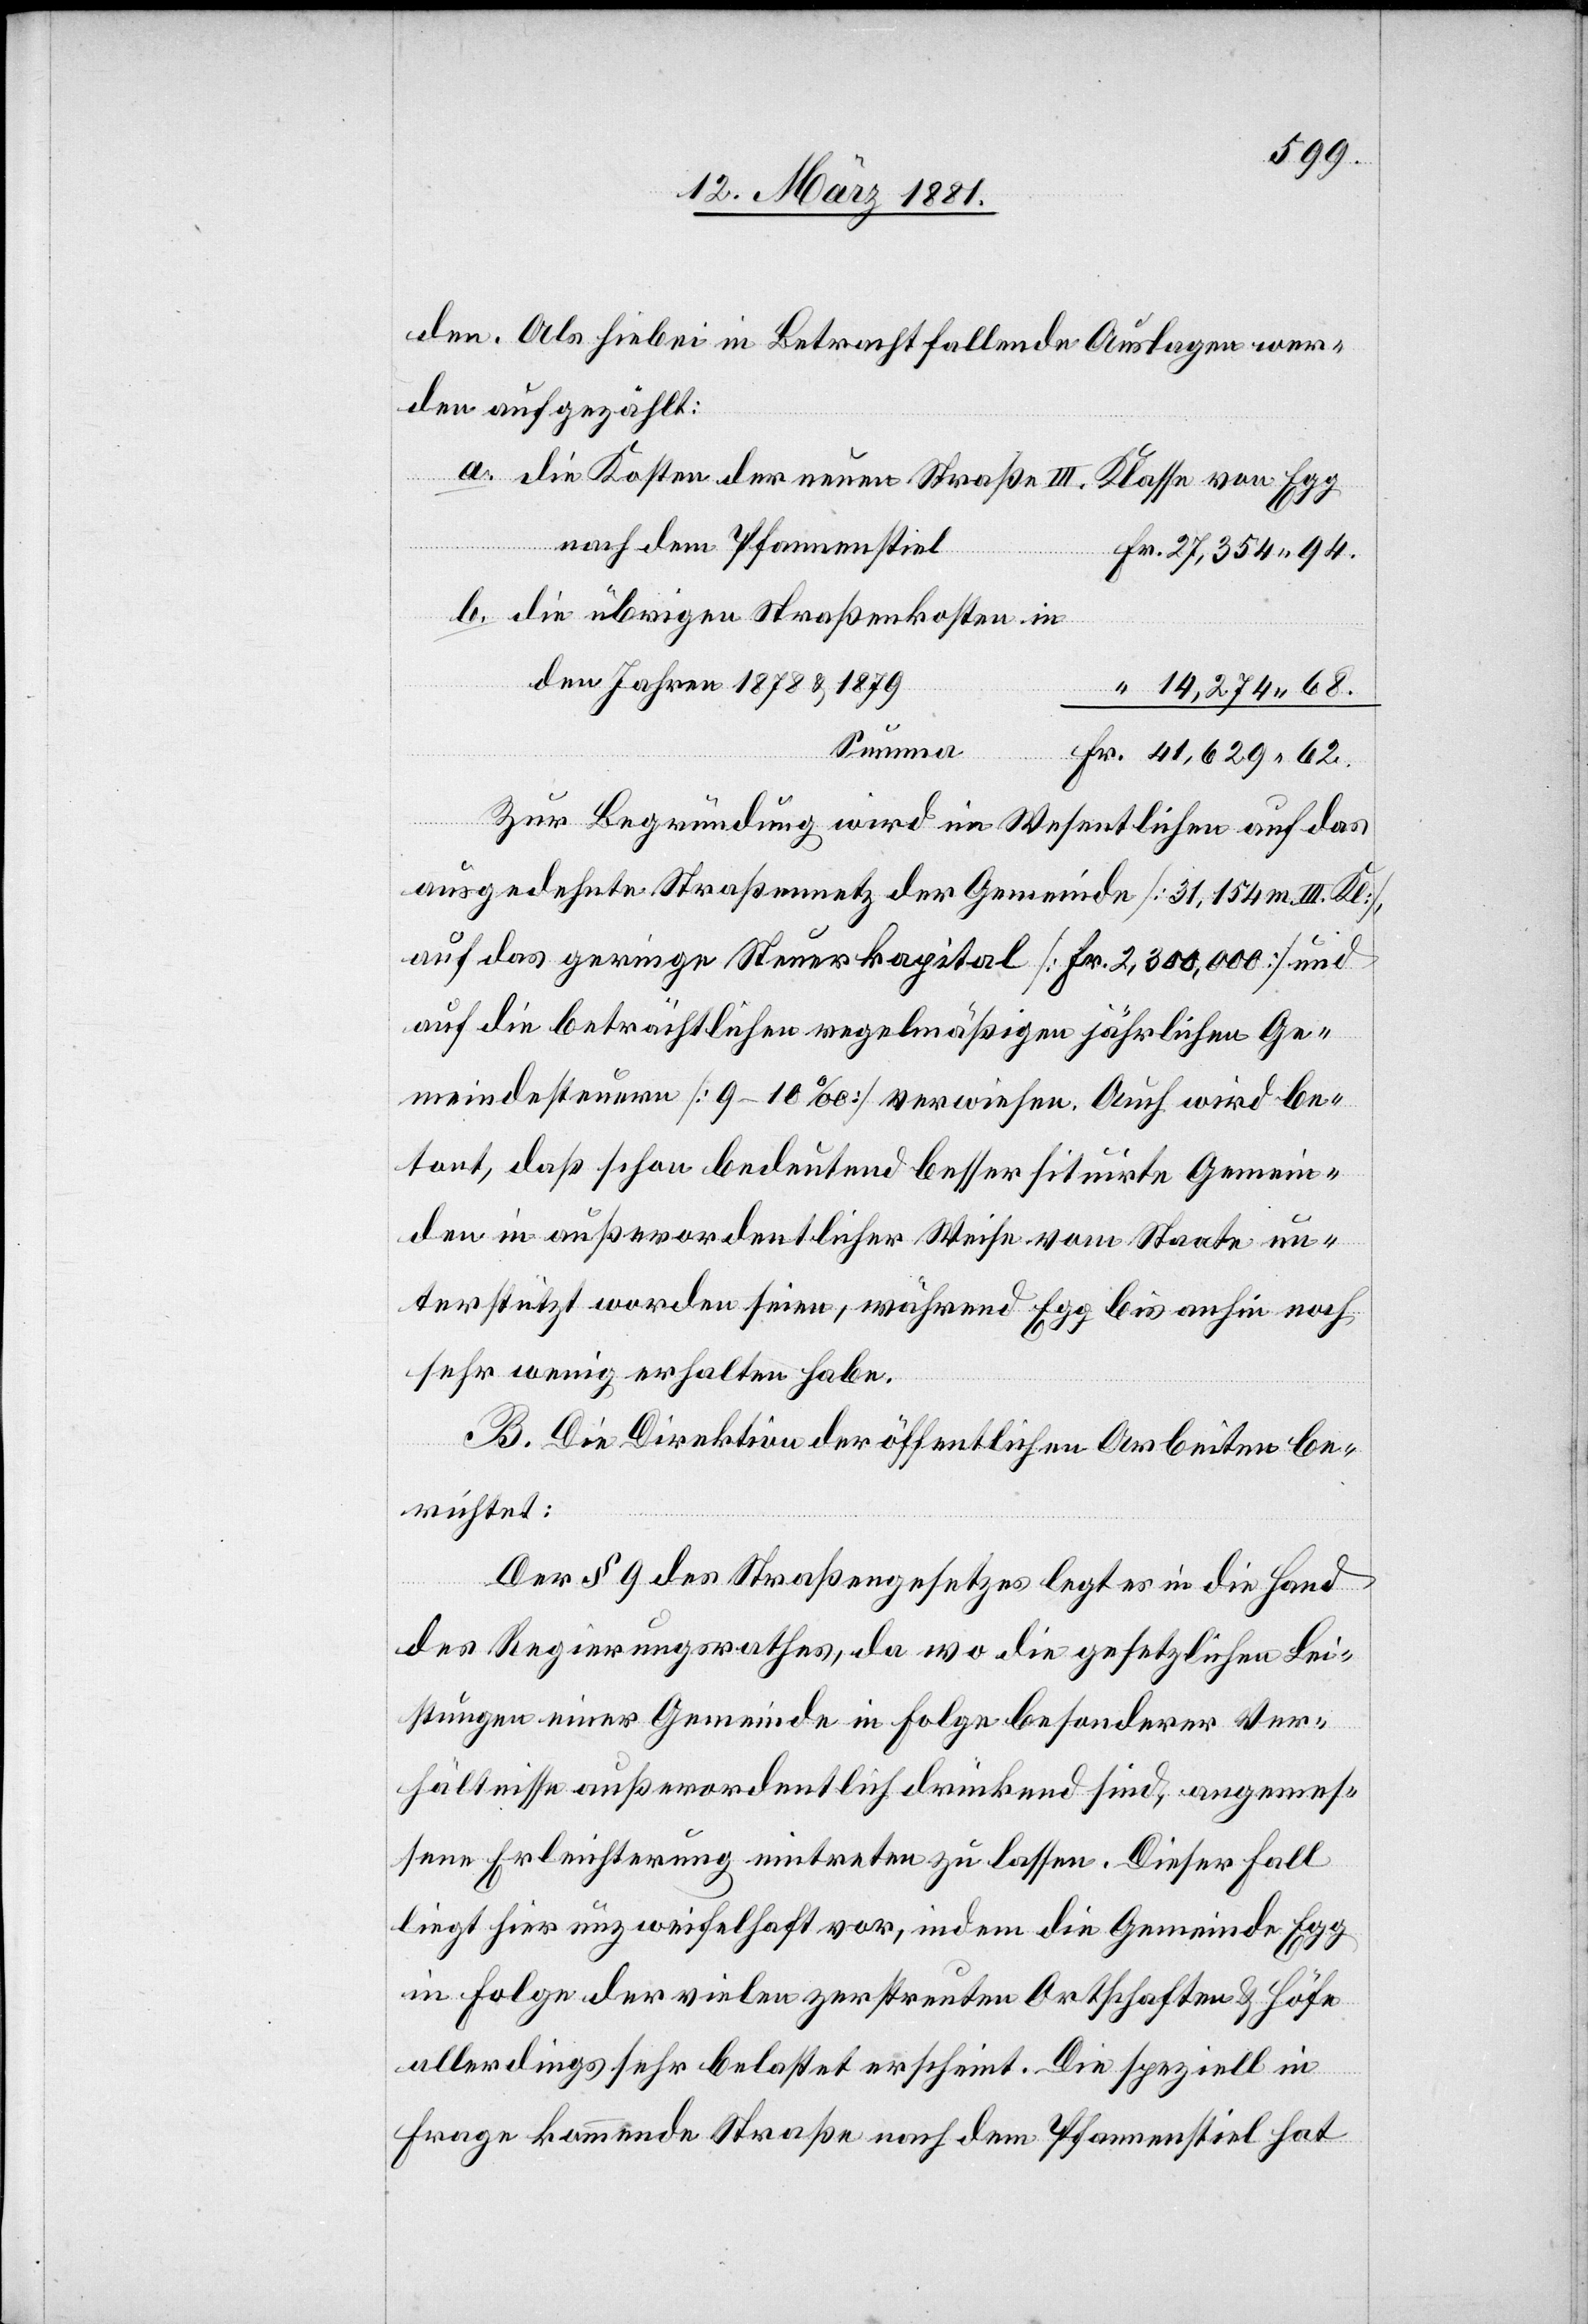
den. Als hiebei in Betracht fallende Auslagen wer¬
den aufgezählt:
die Kosten der neuen Straße III. Klasse von Egg
nach dem Pfannenstiel
die übrigen Straßenkosten in
den Jahren 1878 & 1879
14,274 68.
Summa
62.
Zur Begründung wird im Wesentlichen auf das
ausgedehnte Straßennetz der Gemeinde [31,154 m. III.
auf das geringe Steuerkapital [Fr. 2,300,000] und
auf die beträchtlichen regelmäßigen jährlichen Ge¬
meindesteuern [9–10‰] verwiesen. Auch wird be¬
tont, daß schon bedeutend besser situirte Gemein¬
den in außerordentlicher Weise vom Staate un¬
terstützt worden seien, während Egg bis anhin noch
sehr wenig erhalten habe.
B. Die Direktion der öffentlichen Arbeiten be¬
richtet:
b.
Der § 9 des Straßengesetzes legt es in die Hand
des Regierungsrathes, da wo die gesetzlichen Lei¬
stungen einer Gemeinde in Folge besonderer Ver¬
hältnisse außerordentlich drückend sind, angemes¬
sene Erleichterung eintreten zu lassen. Dieser Fall
liegt hier unzweifelhaft vor, indem die Gemeinde Egg
in Folge der vielen zerstreuten Orthschaften & Höfe
allerdings sehr belastet erscheint. Die speziell in
Frage kommende Straße nach dem Pfannenstiel hat